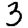
Digit: 3